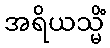
အရိယသ္မိံ